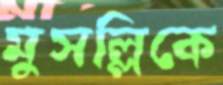
মুসল্লিকে